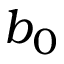
b _ { 0 }